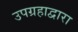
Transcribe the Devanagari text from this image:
उपग्रहाद्वारा